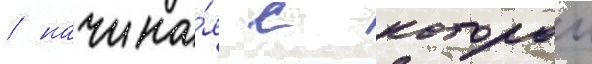
/ начина́я с которои